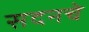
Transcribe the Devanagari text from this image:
सदनचे